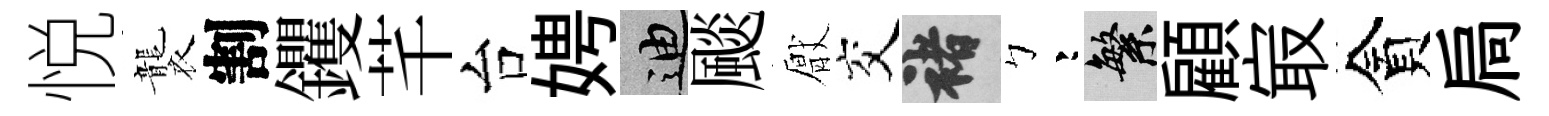
悦襲割钁芊台娉迪颷厭交褚彎繁顧㝡貪扃